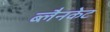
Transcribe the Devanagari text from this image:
ब्लैनकेट